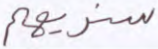
سنريهم